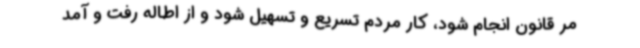
مر قانون انجام شود، کار مردم تسریع و تسهیل شود و از اطاله رفت و آمد